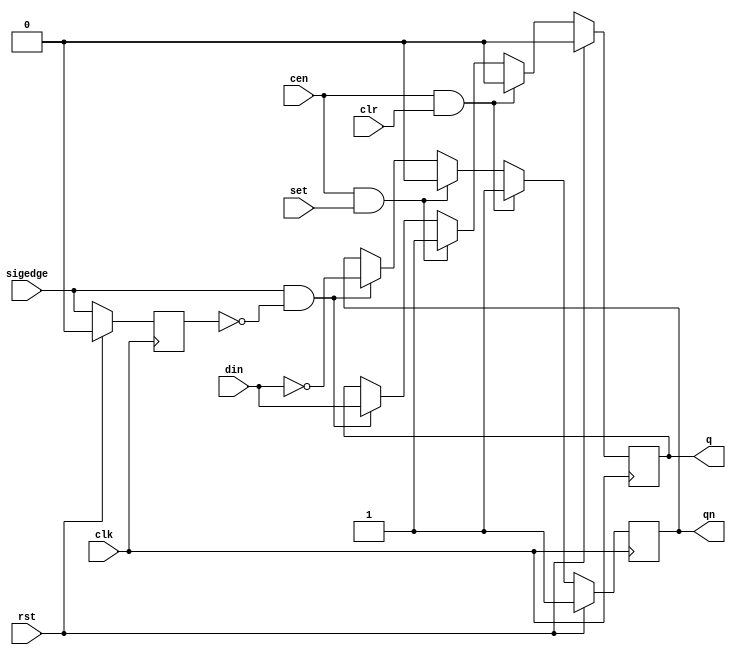
// This program was cloned from: https://github.com/jotego/jtcores
// License: GNU General Public License v3.0

/*  This file is part of JTFRAME.
    JTFRAME program is free software: you can redistribute it and/or modify
    it under the terms of the GNU General Public License as published by
    the Free Software Foundation, either version 3 of the License, or
    (at your option) any later version.

    JTFRAME program is distributed in the hope that it will be useful,
    but WITHOUT ANY WARRANTY; without even the implied warranty of
    MERCHANTABILITY or FITNESS FOR A PARTICULAR PURPOSE.  See the
    GNU General Public License for more details.

    You should have received a copy of the GNU General Public License
    along with JTFRAME.  If not, see <http://www.gnu.org/licenses/>.

    Author: Jose Tejada Gomez. Twitter: @topapate
    Version: 1.0
    Date: 13-12-2019 */

module jtframe_ff #(parameter W=1 ) (
    input                clk,
    input                rst,
    (*direct_enable*) input cen,
    input       [W-1:0]  din,
    output reg  [W-1:0]  q,
    output reg  [W-1:0]  qn,
    input       [W-1:0]  set,    // active high
    input       [W-1:0]  clr,    // active high
    input       [W-1:0]  sigedge // signal whose edge will trigger the FF
);

reg  [W-1:0] last_edge;

generate
    genvar i;
    for (i=0; i < W; i=i+1) begin: flip_flop
        always @(posedge clk) begin
            if(rst) begin
                q[i]         <= 0;
                qn[i]        <= 1;
                last_edge[i] <= 0;
            end
            else begin
                last_edge[i] <= sigedge[i];
                if( cen && clr[i] ) begin
                    q[i]  <= 1'b0;
                    qn[i] <= 1'b1;
                end else
                if( cen && set[i] ) begin
                    q[i]  <= 1'b1;
                    qn[i] <= 1'b0;
                end else
                if( sigedge[i] && !last_edge[i] ) begin
                    q[i]  <=  din[i];
                    qn[i] <= ~din[i];
                end
            end
        end
    end
endgenerate

endmodule